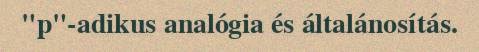
"p"-adikus analógia és általánosítás.